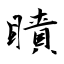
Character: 瞔